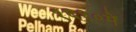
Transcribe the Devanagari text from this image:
१६१०में